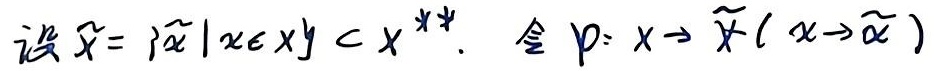
设 $\widetilde{X}=\{\widetilde{x}\mid x\in X\}$，$y\subset X^{**}$。令 $p:X\to\widetilde{X}(x\to\widetilde{x})$